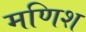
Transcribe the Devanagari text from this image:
मणिश